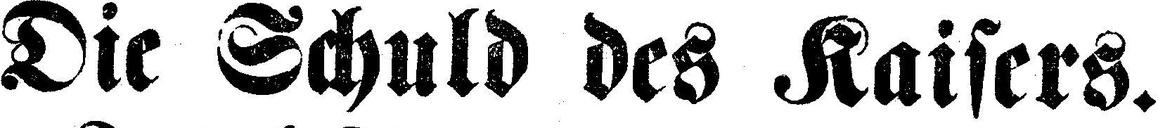
Die Schuld des Kaisers.